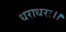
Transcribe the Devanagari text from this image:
धराधरः।।